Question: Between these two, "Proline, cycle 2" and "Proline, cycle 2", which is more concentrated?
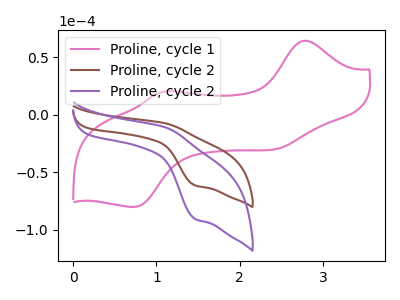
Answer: <think>The pink curve "Proline, cycle 1" has anodic peaks at (2.80V, 64.40uA) (1.15V, 20.45uA) and cathodic peaks at (2.50V, -28.80uA) (0.75V, -79.90uA). The brown curve "Proline, cycle 2" has an anodic peak at (1.10V, -7.35uA) and a cathodic peak at (1.45V, -61.25uA). The purple curve "Proline, cycle 2" has an anodic peak at (1.10V, -10.85uA) and a cathodic peak at (1.45V, -90.30uA).
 All the peaks in "Proline, cycle 2" have a peak in "Proline, cycle 2" at the same potential.</think>
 <answer>I cant tell if "Proline, cycle 2" or "Proline, cycle 2" has higher concentration.</answer>
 <eval>mixed_concentration</eval>